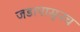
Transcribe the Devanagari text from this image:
जडापासूनच